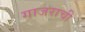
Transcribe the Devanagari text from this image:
गाजराची